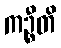
ကဉ္စီတိ